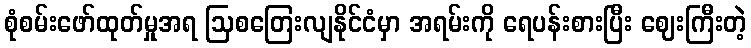
စုံစမ်းဖော်ထုတ်မှုအရ ဩစတြေးလျနိုင်ငံမှာ အရမ်းကို ရေပန်းစားပြီး ဈေးကြီးတဲ့